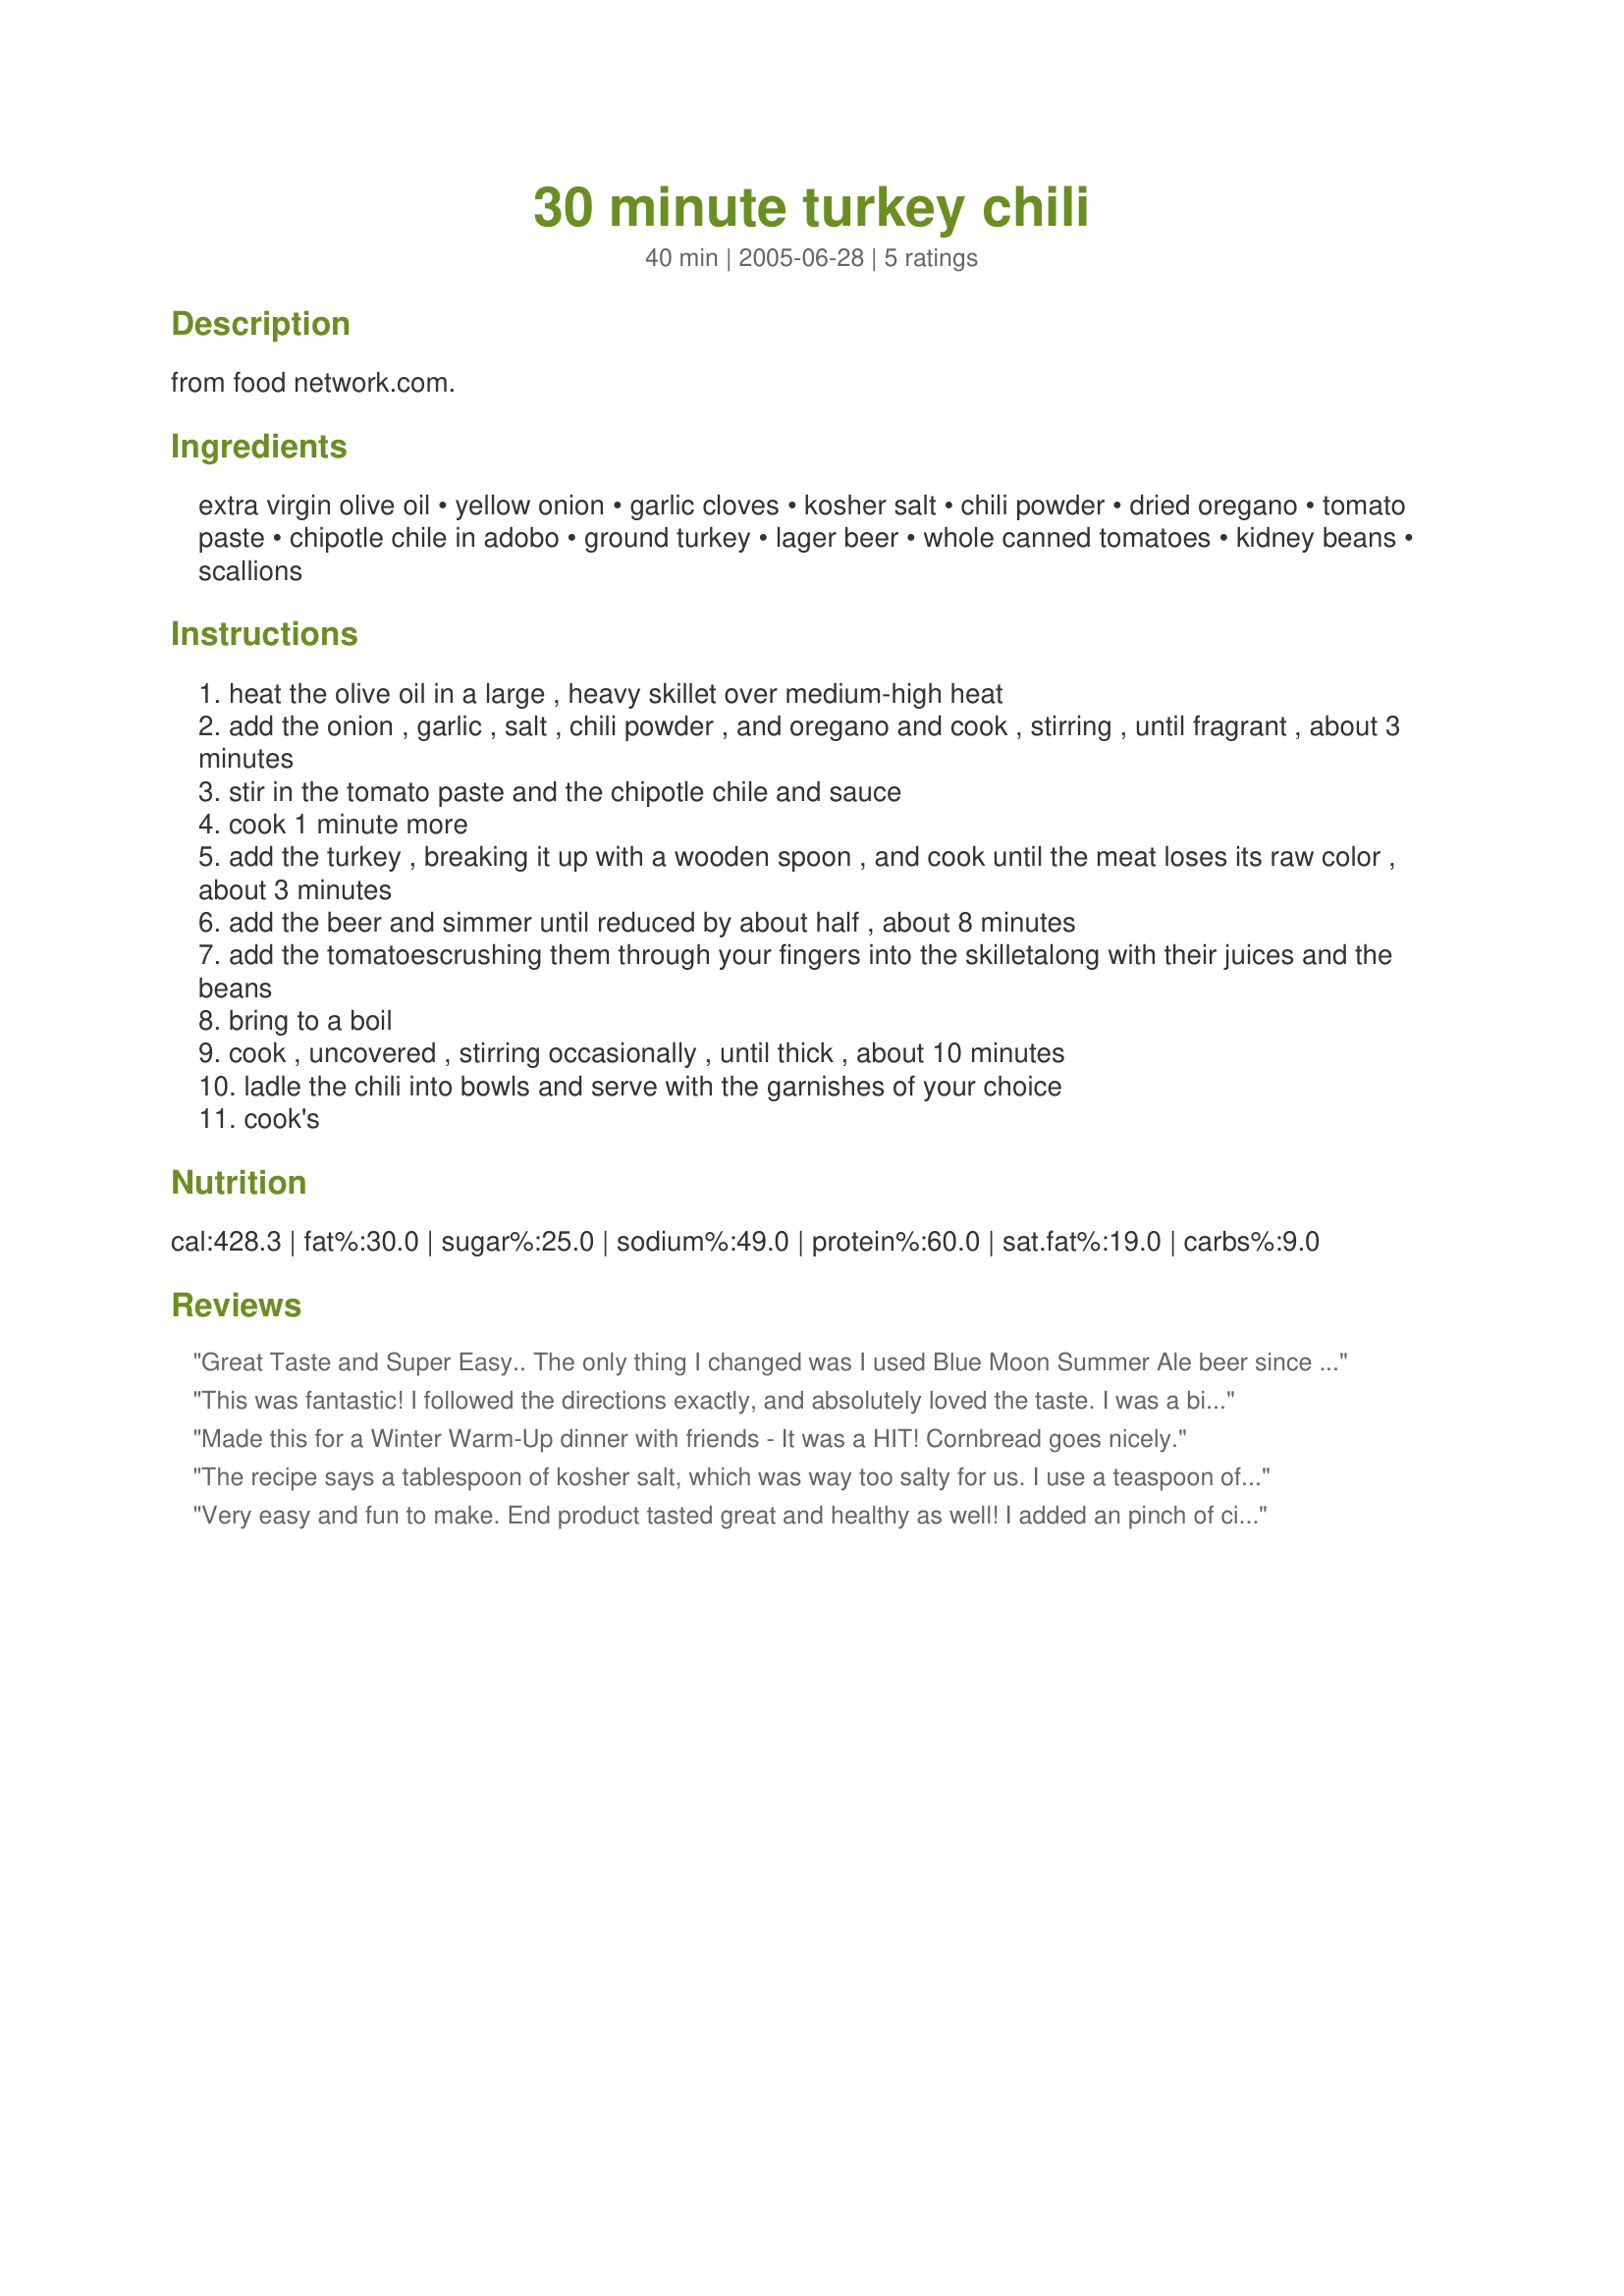
30 minute turkey chili
Preparation time: 40 minutes

from food network.com.

Ingredients:
extra virgin olive oil, yellow onion, garlic cloves, kosher salt, chili powder, dried oregano, tomato paste, chipotle chile in adobo, ground turkey, lager beer, whole canned tomatoes, kidney beans, scallions

Steps:
heat the olive oil in a large , heavy skillet over medium-high heat
add the onion , garlic , salt , chili powder , and oregano and cook , stirring , until fragrant , about 3 minutes
stir in the tomato paste and the chipotle chile and sauce
cook 1 minute more
add the turkey , breaking it up with a wooden spoon , and cook until the meat loses its raw color , about 3 minutes
add the beer and simmer until reduced by about half , about 8 minutes
add the tomatoescrushing them through your fingers into the skilletalong with their juices and the beans
bring to a boil
cook , uncovered , stirring occasionally , until thick , about 10 minutes
ladle the chili into bowls and serve with the garnishes of your choice
cook's

Reviews:
Great Taste and Super Easy.. The only thing I changed was I used Blue Moon Summer Ale beer since that is what I had on hand.. The kids and DH enjoyed with shredded cheese, sour cream and chips.. I on the other hand could not splurge- going by the nutrition facts this is a 9 point meal for those of you on WW's :)
This was fantastic! I followed the directions exactly, and absolutely loved the taste. I was a bit skeptical about a good turkey chili, but this is a perfect replacement.
Made this for a Winter Warm-Up dinner with friends - It was a HIT! Cornbread goes nicely.
The recipe says a tablespoon of kosher salt, which was way too salty for us. I use a teaspoon of Kosher Salt and it is perfect. This chili has been a hit with everyone who has eaten it with us. Good and good for you!
Very easy and fun to make. End product tasted great and healthy as well! I added an pinch of cinnamon for a Cincinnati twist.
